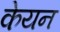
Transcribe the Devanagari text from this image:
केयन